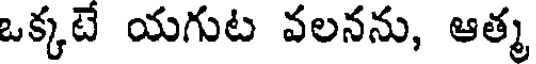
ఒక్కటే యగుట వలనను, ఆత్మ